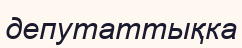
депутаттықка